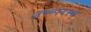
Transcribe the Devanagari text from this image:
उच्च्पदस्थ